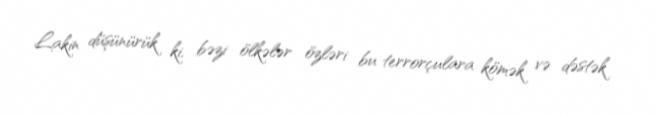
Lakin düşünürük ki, bəzi ölkələr özləri bu terrorçulara kömək və dəstək